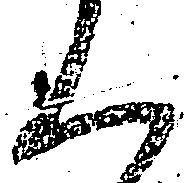
く